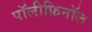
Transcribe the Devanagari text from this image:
पॉलीफ़िनॉल